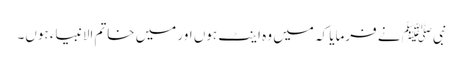
نبیﷺ نے فرمایا کہ میں وہ اینٹ ہوں اور میں خاتم الانبیاء ہوں۔